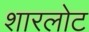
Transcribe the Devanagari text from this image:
शारलोट